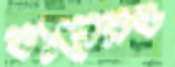
ব্যয়েরও